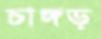
চাঙ্গড়